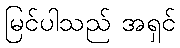
မြင်ပါသည် အရှင်